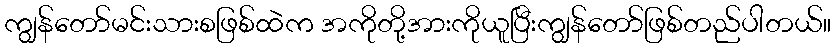
ကျွန်တော်မင်းသားစဖြစ်ထဲက အကိုတို့အားကိုယူပြီးကျွန်တော်ဖြစ်တည်ပါတယ်။